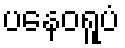
ပနေဝရူပံ